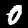
Digit: 0